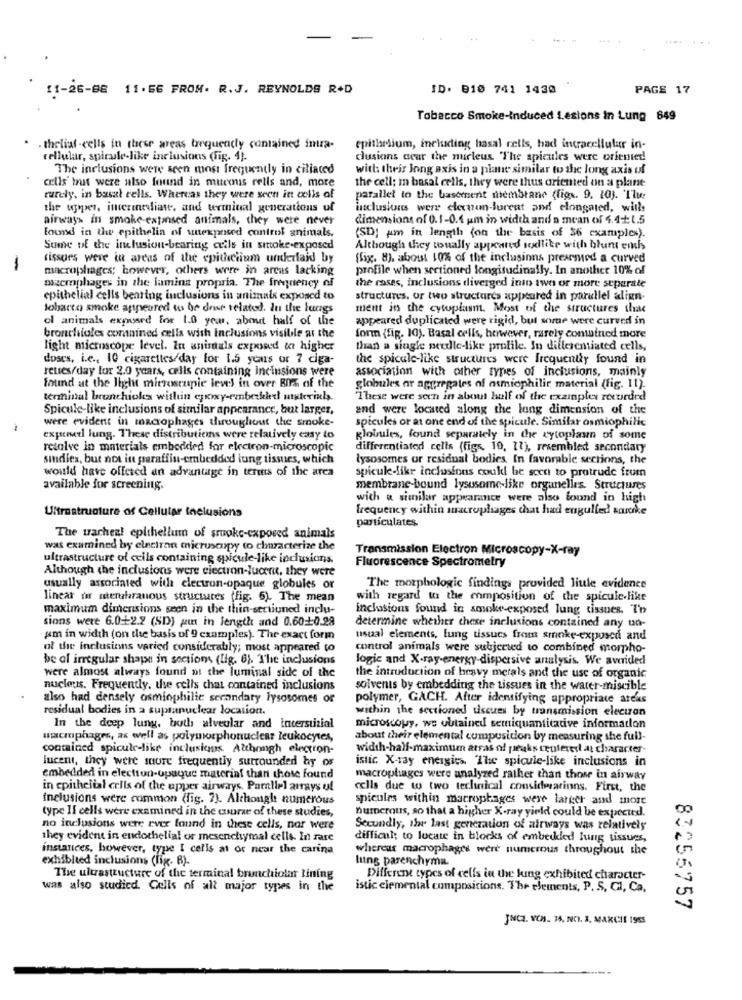
11-26-88 11.56 FROM. R.J. REYNOLDS R+D
ID. 810 741 1430
PAGE 17
Tobacco Smoke-Induced Lesions In Lung 649
. theliaf -cells in these areas frequency contained inua-
epithelium, including hasal cells, had intracellular in-
cellular, spirale-like inclusions (fig. 4).
clusions acar the nucleus "The spicales were oriented!
The inclusions were seen most frequently in ciliated
with their Jong axis in a plane similar to the long axis of
cells' but were also found in muemis rells and, more
the cell; in basal cells, they were thus oriented on a plane
turely, in basal cells. Whereas they were seen it cells of
parallel to the basement membrane (figv. 9. 10). Tlwe
the wper, incrinedliate, and terminal generations of
inclusions were cleanun-furent and elongated, with
airways in smoke-extinsed animals, they were never
dimensions of 0.1-0.4 pm in width and a mean of 4.4₺1.5
found in the epithelin of unexposed control animals.
(SD) um in length (on the basis of $6 examples).
Some of the inclusion-bearing cells in smoke-exposed
Although they woually appeared sodlike with blunt emh
tissues were in areas of the spitichum underlaid by
fix. 8). about 10% of the incluasinns prearmed a curved
-
macrophages; however, others were in areas lacking
profile when sertioned longitudinally. In another 10% of
macrophages in the lamina propria. The frequency of
the cases, inclusions diverged into two or more separate
epithelial cells bearing inclusions in animals exposed to
structures, or two structures appeared in parallel align-
tobacco smoke appeared to be dou related. In the lungs
ment in the cytoplasm. Most of the structures ihre
of animals exposed for 1.0 year, about half of the
appeared duplicated were rigid, but some were curved in
bronchioles combined cella with Inclusions visible at the
form (fig. 10). Basal cells, however, rarely conwined more
light microscope level. In animals exposed to higher
than a single peudle-like profile. In differentiated cells,
doses, i.e ., 10 cigarettes/day for 1.5 years or 7 ciga-
the spicele-like structures were frequently found in
reties/day for 2.0 years, cells containing inclusions were
association with other types of inclusions, mainly
found at the light microsrupie level in over BIS of the
globules ar aggregates of atmiophilie material (fig. 11).
terminal bronchioks within epoxy-emberkled materials.
These were seen in about half of the examples recorded
Spicule-like inclusions of similar appearance, but larger,
and were located along the long dimension of the
were evident in macrophages throughout the smoke-
spicules or at one end of the spicule. Similar osmiophilic
-
expenel lung. These distributions were relatively easy to
globules, found separately in che cytoplaun of some
resolve in materials embedded for electron-microscopic
differentiated cells (figs, 10, 12), resembled secondary
sindles, but not in paraffin-embedded lung tissues, which
lysosomes or residual bodies In favorable sections, the
would have offered an advantage in terms of the area
spicule-likr inclusions coukl be set to protrude frum
available for screening.
membrane-bound lysusome-like organelles. Structures
with a similar appearance were also found in high
Ultrastructure of Cellular Inclusions
frequency within macrophages that had engulfed sanke
particulates.
The wachen! epithelium of smoke-exposed animals
was examined by electron microscopy to characterize the
Transmission Electron Microscopy-X-ray
ultrastructure of ceils containing spicule-like inclusions
Fluorescence Spectrometry
Although the inclusions were electron-lucent, they were
usually associated with electron-opaque globules or
The morphologie findings provided liule evidence
linear or stenharanous structures (fig. 6). The mean
with regard to the composition of the spicule-like
maximum dimensions seen in the thin-sertiuned inclu-
inclusions found in smoke exposed lung tissues. I'n
sions were 6.0-+2.2 (SD) ju in length and 0.6010.28
determine whether chese inclusions contained any un-
um in width (on the basis of 9 examples). The exact form
usual elements, lung tissues from smoke-exposed and
of the inclusions varied considerably; most appeared to
control animals were subjected to combined morpho-
be of irregular shape in sections (lig. 6). The inclusions
logic and X-ray-energy-dispersive analysis. We avrided
were almost always found at the luminal side of the
the introduction of heavy metals and the use of organic
nucleus. Frequently, the cells chat contained inclusions
solvents by embedding the tissues in the water-miscible
also had densely osmiophilie secondary lysosomes of
polymer, GACH. After identifying appropriate areas
residual bodies in a supranuclear location.
within the sectioned discues by transmission electron
In the deep lung, buth alveolar and incersuzial
microscopy, we obtained semiquantitative information
macmphages, as well as polymorphonuclear leukocytes,
about their elemental composition by measuring she full-
contained spicule-like inclusions. Although electron-
width-half-maximum atras of peaks centerer at character-
lucent, they were sure frequently surrounded by os
istic X-ray energies. The spicule-like inclusions in
embedded in election-upuque material than those found
macrophages were analyzed rather than those in airway
in epithelial cells of the upper airways. Parallel arrays of
cells due to two teclinical considerarinns. First, the
inclusions were common (fig. 7). Although numerous
spicules within macrophages were larger and more
type If cells were examined in the course of these studies,
numerous, so that a higher X-ray yield could be expected.
no inclusions were ever found in these cells, nor were
Secondly, ihr last generation of airways was relatively
they evident in endothelial or mesenchymal cells. In rare
difficul; to locate in blocks of embesked lung tissues,
instances, however, type I cells at or near the carina
whereas macrophages were numerous throughout the
exhibited inclusions (fig. B).
lung parenchyma.
The ultrastructure of the terminal bronchiolar tining
Different types of cells in the lung exhibited character-
was also studicd. Cells of all major types in the
istic elemental compositions. The elements, P. S, CI, Ca.
83256757
JNCQ. VCS. 35, NO. X, MARCHE 1965